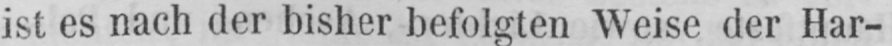
ist es nach der bisher befolgten Weise der Har-